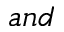
a n d